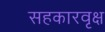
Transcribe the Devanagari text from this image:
सहकारवृक्ष